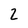
Character: 2